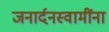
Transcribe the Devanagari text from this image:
जनार्दनस्वामींना